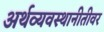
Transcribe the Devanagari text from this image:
अर्थव्यवस्थानीतीवर